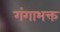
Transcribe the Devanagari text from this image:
गंगाभक्त